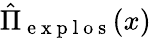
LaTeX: \hat{\Pi}_{\mathrm{~e~x~p~l~o~s~}}(x)